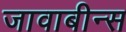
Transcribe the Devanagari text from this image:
जावाबीन्स